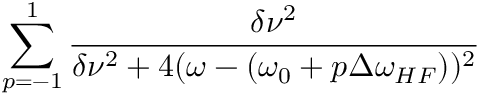
\sum _ { p = - 1 } ^ { 1 } \frac { \delta \nu ^ { 2 } } { \delta \nu ^ { 2 } + 4 ( \omega - ( \omega _ { 0 } + p \Delta \omega _ { H F } ) ) ^ { 2 } }